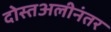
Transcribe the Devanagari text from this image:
दोस्तअलीनंतर